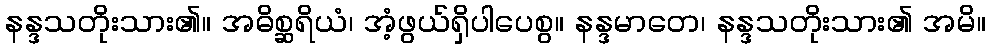
နန္ဒသတိုးသား၏။ အဓိစ္ဆရိယံ၊ အံ့ဖွယ်ရှိပါပေစွ။ နန္ဒမာတေ၊ နန္ဒသတိုးသား၏ အမိ။